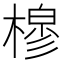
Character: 𰘟